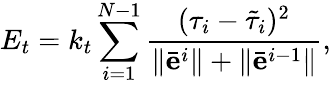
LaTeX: E_{t}=k_{t}\sum_{i=1}^{N-1}\frac{(\tau_{i}-\tilde{\tau}_{i})^{2}}{\Vert\bar{\mathbf e}^{i}\Vert+\Vert\bar{\mathbf e}^{i-1}\Vert},